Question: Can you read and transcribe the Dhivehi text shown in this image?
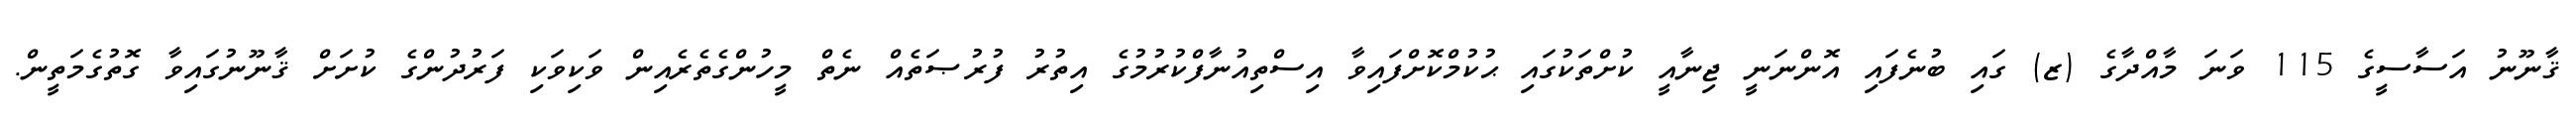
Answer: ޤާނޫނު އަސާސީގެ 115 ވަނަ މާއްދާގެ (ޒ) ގައި ބުނެފައި އޮންނަނީ ޖިނާއީ ކުށްތަކުގައި ޙުކުމްކޮށްފައިވާ އިސްތިއުނާފްކުރުމުގެ އިތުރު ފުރުޞަތެއް ނެތް މީހުންގެތެރެއިން ވަކިވަކި ފަރުދުންގެ ކުށަށް ޤާނޫނުގައިވާ ގޮތުގެމަތީން.